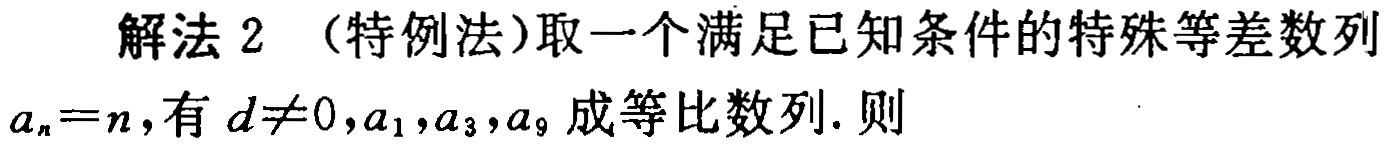
解法 2 （特例法）取一个满足已知条件的特殊等差数列
\(a_{n}=n\)，有 \(d\neq0,a_{1},a_{3},a_{9}\) 成等比数列. 则